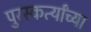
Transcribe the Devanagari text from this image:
पुरस्कर्त्यांच्या